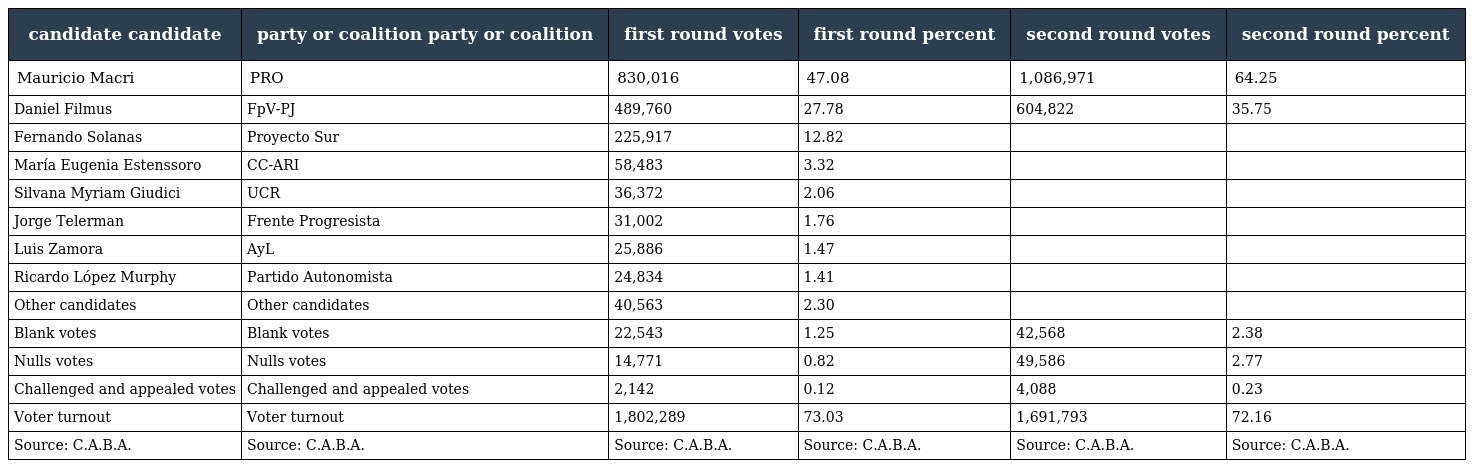
| candidate candidate | party or coalition party or coalition | first round votes | first round percent | second round votes | second round percent |
 | --- | --- | --- | --- | --- | --- |
 | Mauricio Macri | PRO | 830,016 | 47.08 | 1,086,971 | 64.25 |
 | Daniel Filmus | FpV-PJ | 489,760 | 27.78 | 604,822 | 35.75 |
 | Fernando Solanas | Proyecto Sur | 225,917 | 12.82 |  |  |
 | María Eugenia Estenssoro | CC-ARI | 58,483 | 3.32 |  |  |
 | Silvana Myriam Giudici | UCR | 36,372 | 2.06 |  |  |
 | Jorge Telerman | Frente Progresista | 31,002 | 1.76 |  |  |
 | Luis Zamora | AyL | 25,886 | 1.47 |  |  |
 | Ricardo López Murphy | Partido Autonomista | 24,834 | 1.41 |  |  |
 | Other candidates | Other candidates | 40,563 | 2.30 |  |  |
 | Blank votes | Blank votes | 22,543 | 1.25 | 42,568 | 2.38 |
 | Nulls votes | Nulls votes | 14,771 | 0.82 | 49,586 | 2.77 |
 | Challenged and appealed votes | Challenged and appealed votes | 2,142 | 0.12 | 4,088 | 0.23 |
 | Voter turnout | Voter turnout | 1,802,289 | 73.03 | 1,691,793 | 72.16 |
 | Source: C.A.B.A. | Source: C.A.B.A. | Source: C.A.B.A. | Source: C.A.B.A. | Source: C.A.B.A. | Source: C.A.B.A. |